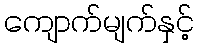
ကျောက်မျက်နှင့်